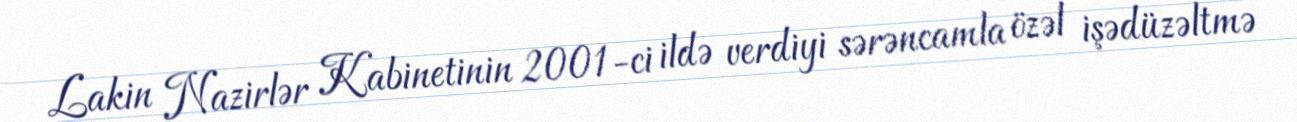
Lakin Nazirlər Kabinetinin 2001-ci ildə verdiyi sərəncamla özəl işədüzəltmə